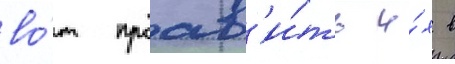
во́т проав'и́ть и́х в